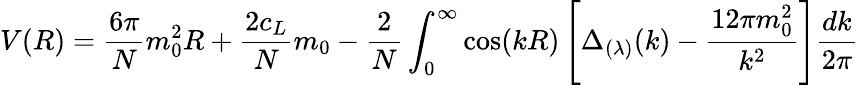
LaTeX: V(R)=\frac{6\pi}Nm_{0}^{2}R+\frac{2c_{L}}Nm_{0}-\frac 2N\int_{0}^{\infty}\cos(kR)\left[\Delta_{(\lambda)}(k)-\frac{12\pi m_{0}^{2}}{k^{2}}\right]\frac{dk}{2\pi}